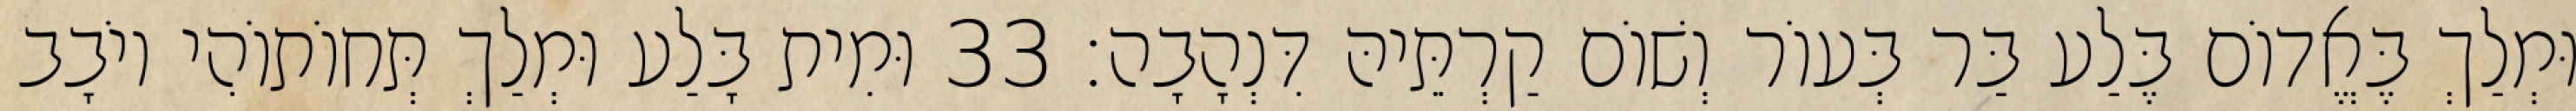
וּמְלַךְ בֶּאֱדוֹם בֶּלַע בַּר בְּעוֹר וְשׁוֹם קַרְתֵּיהּ דִּנְהָבָה׃ 33 וּמִית בָּלַע וּמְלַךְ תְּחוֹתוֹהִי יוֹבָב